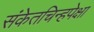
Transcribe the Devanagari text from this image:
संकेतचिन्हपेक्षा